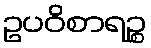
ဥပဝိစာရဉ္စ